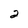
Character: 2